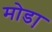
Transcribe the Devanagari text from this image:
मोडा़